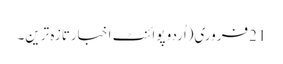
21فروری(اُردو پوائنٹ اخبارتازہ ترین۔